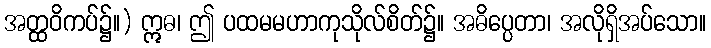
အတ္ထဝိကပ်၌။) ဣဓ၊ ဤ ပထမမဟာကုသိုလ်စိတ်၌။ အဓိပ္ပေတာ၊ အလိုရှိအပ်သော။